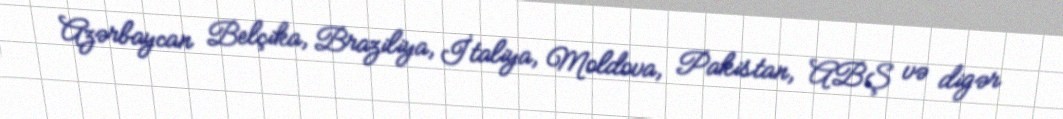
Azərbaycan Belçika, Braziliya, İtaliya, Moldova, Pakistan, ABŞ və digər